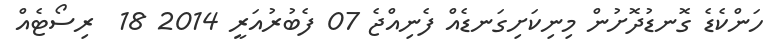
ހަންކެޑެ ގޮނޑުދޮށުން މިނިކަށިގަނޑެއް ފެނިއްޖެ 07 ފެބުރުއަރީ 2014 18  ރިސޯޓެއް